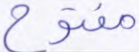
مفتوح